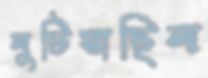
লুটিয়াছিল